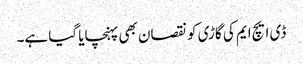
ڈی ایچ ایم کی گاڑی کو نقصان بھی پہنچایا گیا ہے۔